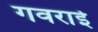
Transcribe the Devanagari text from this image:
गवराई